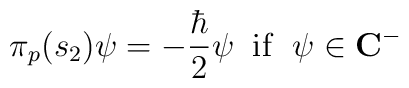
\pi_p(s_2)\psi =-\frac {\hbar}2\psi\;\;{\rm i}{\rm f}\;\;\psi\in {\bf C}^{-}